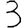
Digit: 3